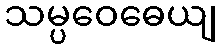
သမ္ပဝေဓေယျ